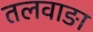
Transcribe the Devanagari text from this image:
तलवाङा